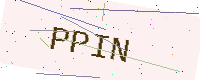
Text: PPIN